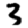
Digit: 3